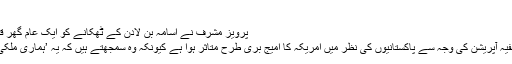
‘‘
پرویز مشرف نے اسامہ بن لادن کے ٹھکانے کو ایک عام گھر قرار دیا جو معمول سے تھوڑا بڑا ہے
مشرف کے مطابق دو مئی کے اس خفیہ آپریشن کی وجہ سے پاکستانیوں کی نظر میں امریکہ کا امیج بری طرح متاثر ہوا ہے کیونکہ وہ سمجھتے ہیں کہ یہ ’ہماری ملکی خودمختاری‘ کی خلاف ورزی تھی۔